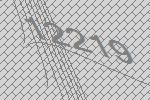
12219